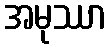
အမုဿာ